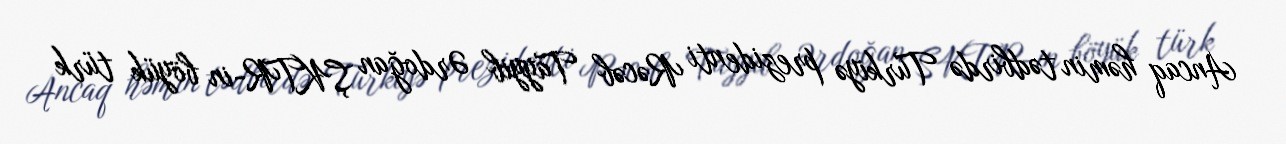
Ancaq həmin tədbirdə Türkiyə prezidenti Rəcəb Tayyib Ərdoğan ŞKTR-in böyük türk